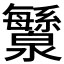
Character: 𬉯